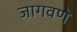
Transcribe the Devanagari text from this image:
जागवणे